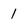
Character: 1